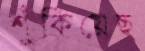
শুঁকিয়েছ